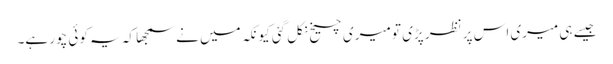
جیسے ہی میری اس پر نظر پڑی تو میری چیخ نکل گئی کیونکہ میں نے سمجھا کہ یہ کوئی چور ہے۔